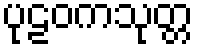
ပုဠဝကသုတ္တ